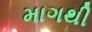
માગથી